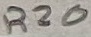
Text: R20